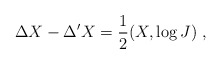
\begin{align*}\Delta X-\Delta 'X=\frac{1}{2}(X,\log J)\ ,\end{align*}